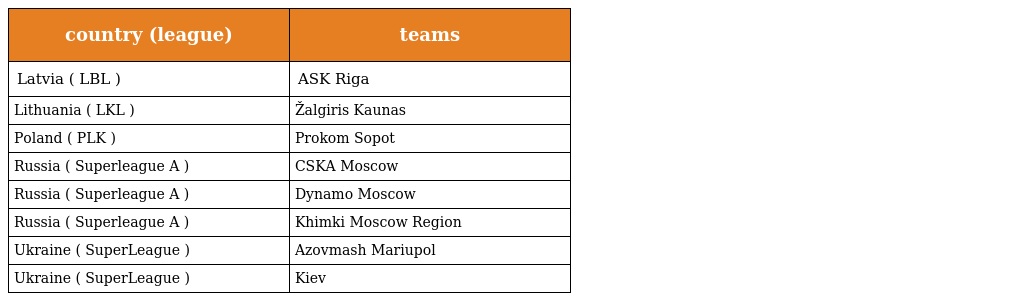
| country (league) | teams |
 | --- | --- |
 | Latvia ( LBL ) | ASK Riga |
 | Lithuania ( LKL ) | Žalgiris Kaunas |
 | Poland ( PLK ) | Prokom Sopot |
 | Russia ( Superleague A ) | CSKA Moscow |
 | Russia ( Superleague A ) | Dynamo Moscow |
 | Russia ( Superleague A ) | Khimki Moscow Region |
 | Ukraine ( SuperLeague ) | Azovmash Mariupol |
 | Ukraine ( SuperLeague ) | Kiev |